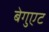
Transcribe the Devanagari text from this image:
बेगुएट